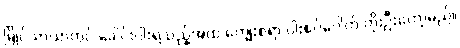
မြိုင်သာယာတွင် ခေါင်းပါးရသည့်အထဲ ကျွေးစရာ ပါးစပ်ပေါက် တိုးဦးတော့မည်။